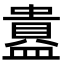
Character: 𬐲